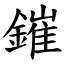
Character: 鏙